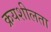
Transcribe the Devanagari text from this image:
क्रयशीलता